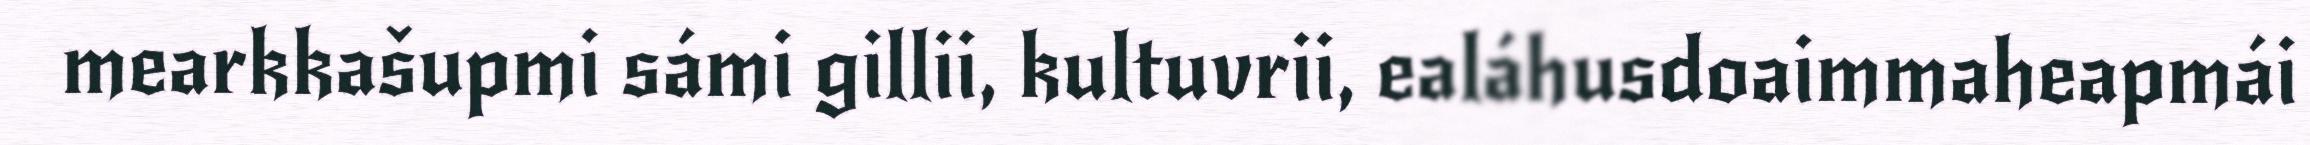
mearkkašupmi sámi gillii, kultuvrii, ealáhusdoaimmaheapmái